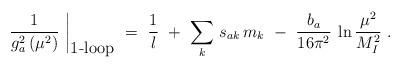
LaTeX: \begin{align*}\left. \frac{1}{g^2_a\, (\mu^2)}\ \right|_{\mbox{1-loop}}\ =\ \frac{1}{l}\ +\ \sum_k\, s_{ak}\, m_k\ -\ \frac{b_a}{16 \pi^2}\: \ln \frac{\mu^2}{M^2_I}\ .\end{align*}